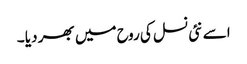
اسے نئی نسل کی روح میں بھر دیا ۔